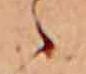
々